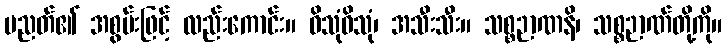
ပညတ်၏ အစွမ်းဖြင့် လည်းကောင်း။ ဝိသုံဝိသုံ၊ အသီးသီး။ သစ္စဉာဏနိ၊ သစ္စဉာဏ်တို့ကို။